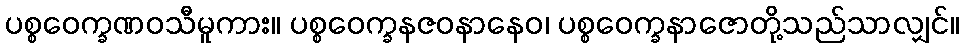
ပစ္စဝေက္ခဏဝသီမူကား။ ပစ္စဝေက္ခနဇဝနာနေဝ၊ ပစ္စဝေက္ခနာဇောတို့သည်သာလျှင်။